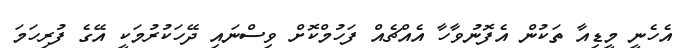
އެހެނީ މީޑިއާ ތަކުން އެފޮނުވާހާ އެއްޗެއް ފަހުމްކޮށް ވިސްނައި ދޭހަކުރުމަކީ އޭގެ ފުރިހަމަ